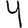
Digit: 4